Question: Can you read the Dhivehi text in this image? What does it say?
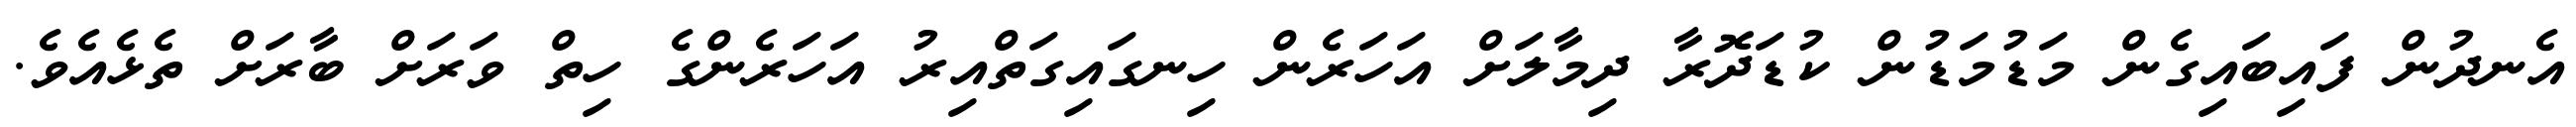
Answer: އެނދުން ފައިބައިގެން މަޑުމަޑުން ކުޑަދޮރާ ދިމާލަށް އަހަރެން ހިނގައިގަތްއިރު އަހަރެންގެ ހިތް ވަރަށް ބާރަށް ތެޅެއެވެ.